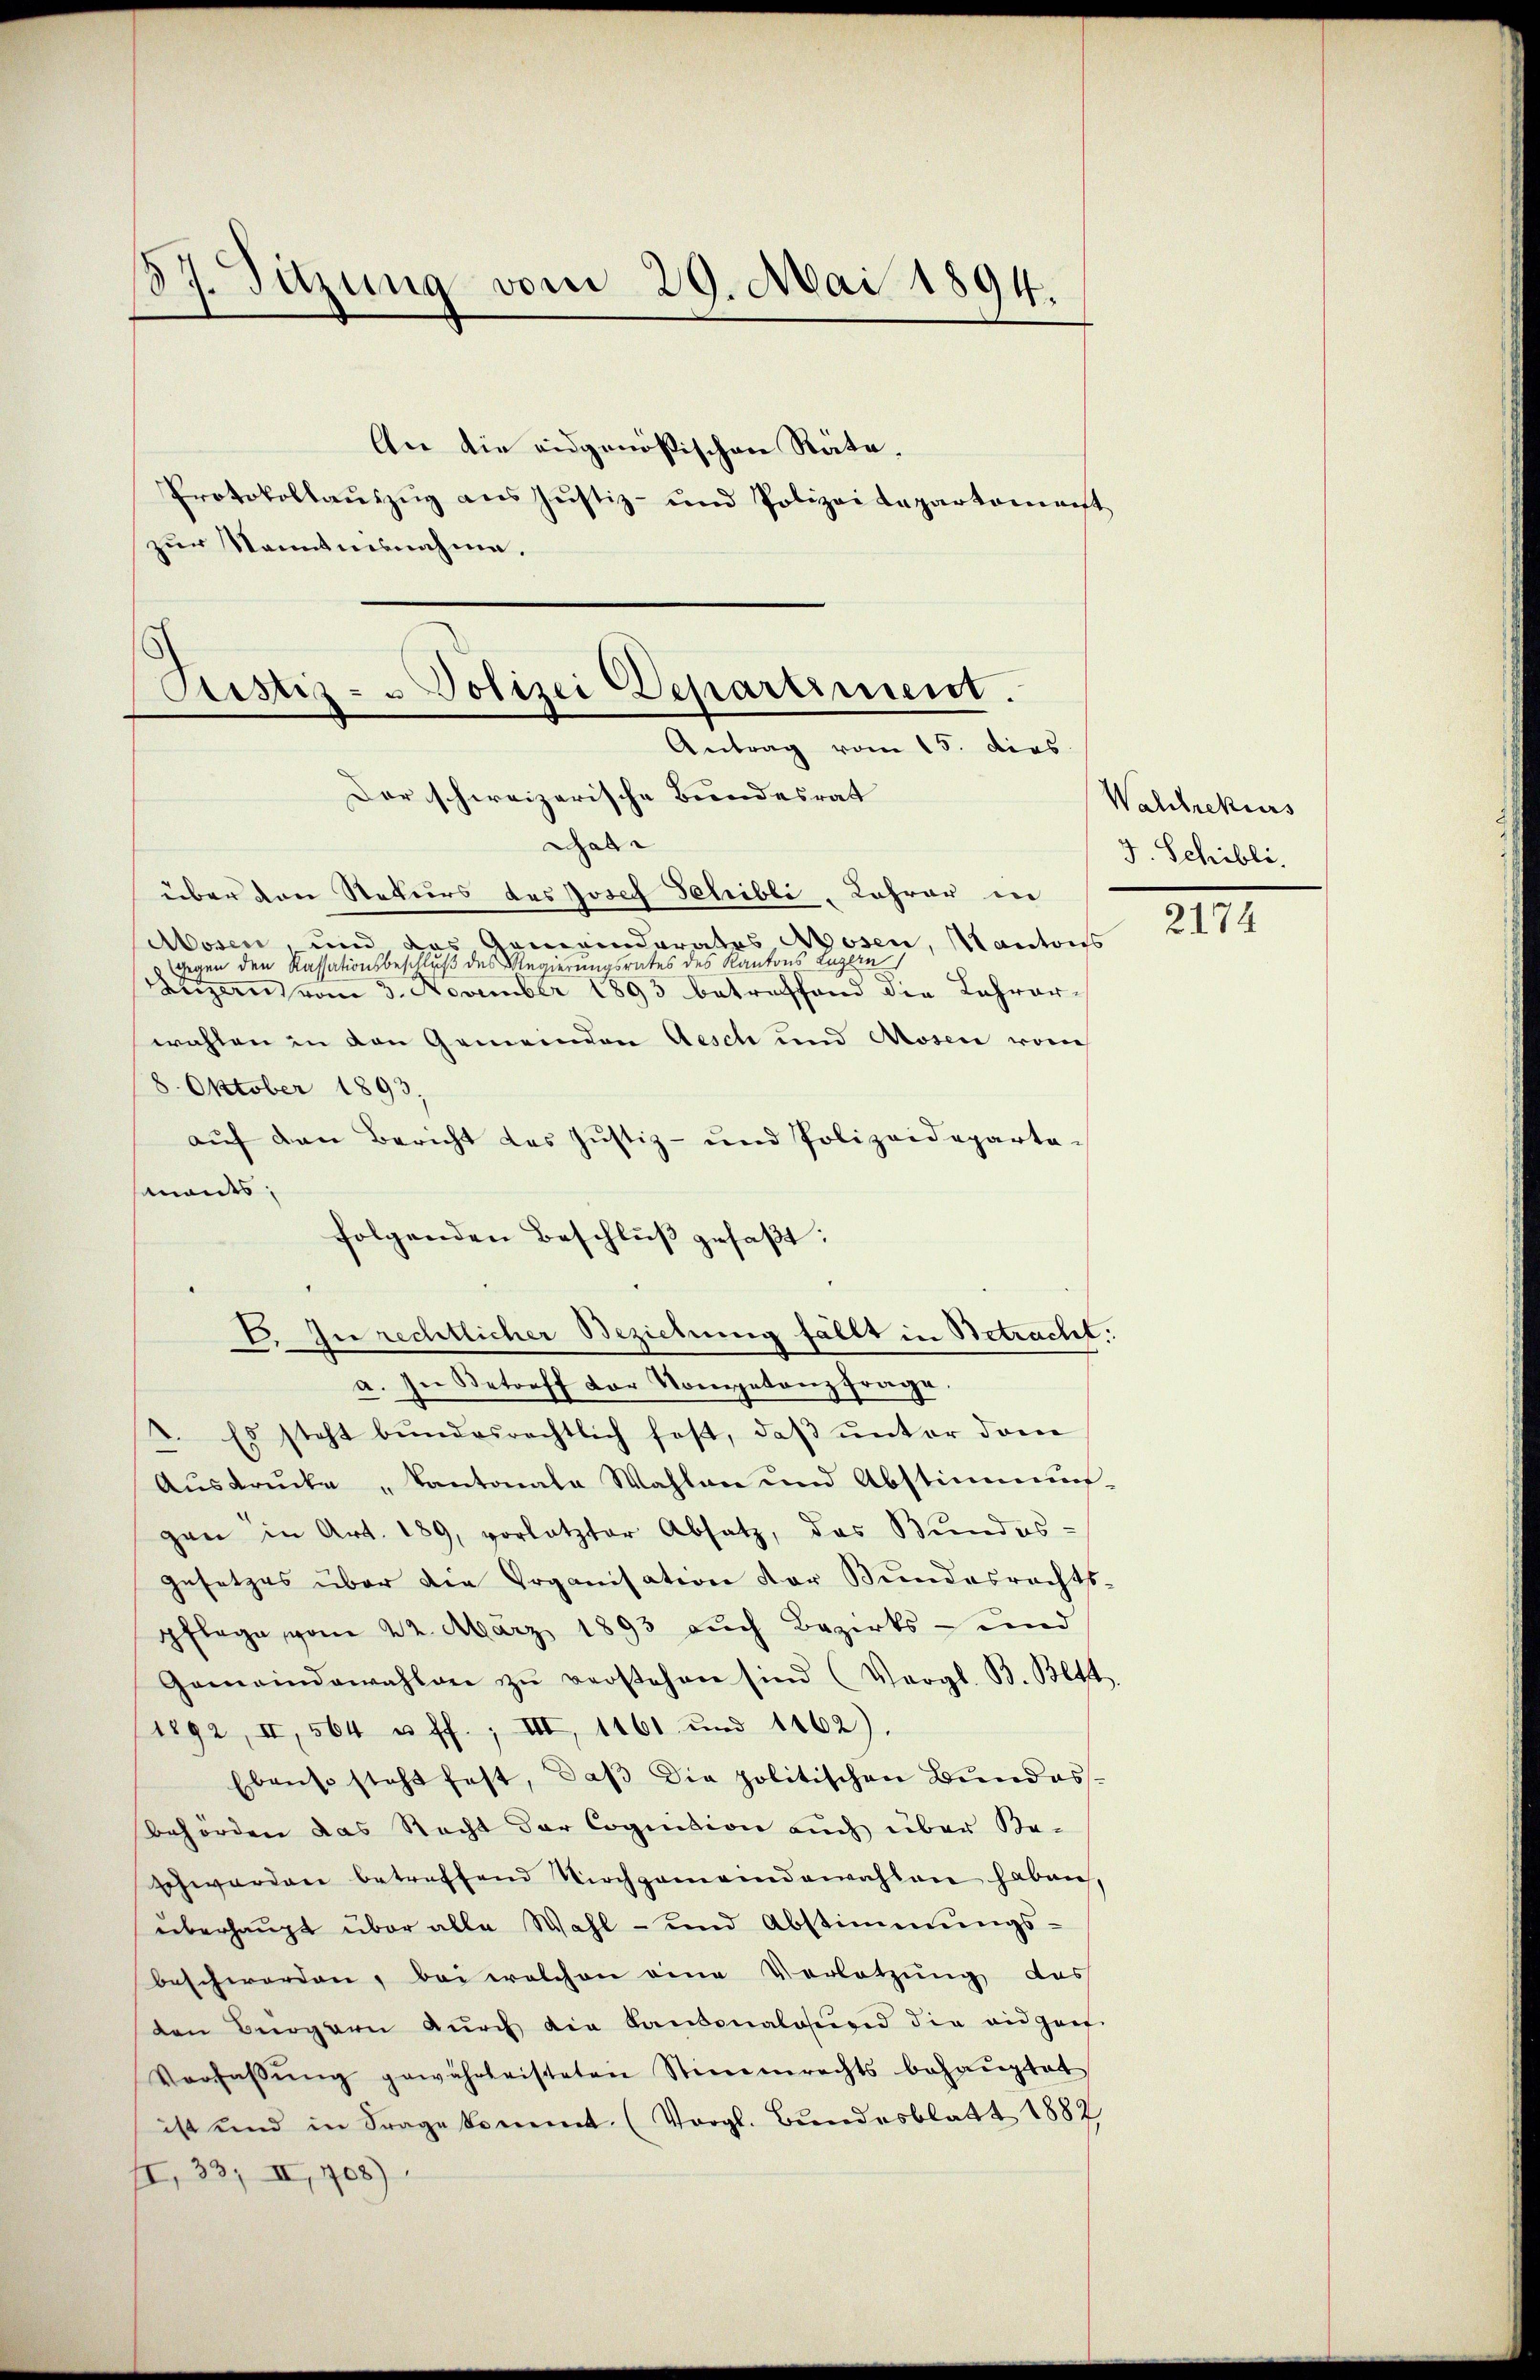
57. Sitzung vom 29. Mai 1894.

An die eidgenössischen Räte,
Protokollauszug aus Justiz- und Polizei Lapartement
zur Kenntnisnahme.

Justiz- & Polizei Departiment.
Antrag vom 15. dies

Der schweizerische Bundesrat
Gabe
über den Rekurs des Josef Schribli-Lehrer in
Mosen, und das Gemeinderates Mosen, Kantons
gegen den Kassationsbeschluß des Recurates des Kantons Luzern
Luzern vom 3. November 1893 betreffend die Lehrer-
wahlen in den Gemeinden Aesch und Mosen vom
8. Oktober 1893,
auf den Bericht das Justiz- und Polizeidepartesamants,
folgenden Beschlŭβ gefaβt:
E. Zu rechtlicher Beziehung fällt in Betracht:
a. In Betreff der Kompetenzfrage
4. Es steht bŭndesrechtlich fest, daβ ŭnter dem
Aŭsdrŭcke „Kantonale Wahlen und Abstimmun-
gen in Art. 189, vorletzter Absatz, das Bundes-
gesetzes über die Organisation der Bundesrechts-
pflege vom 22. März 1893 auch Bezirks- und
Gemeindewahlen zŭ verstehen sind (Vergl. B. Bett.
1892, II, 564 u. ff.; III, 1161 und 1162).
Ebenso steht fest, daβ die politischen Bŭndes-
behörden das Recht der Cognition auch über Be-
schwerden betreffend Kirchgemeindewahlen haben,
überhaŭpt über alle Wahl- und Abstimmungs-
beschworden, bei welchen eine Vorletzung das
den Bürgern dŭrch die Kantonalesund die eidgen.
Vorfaβŭng gewährleisteten Stimmrechts behaŭptat
ist und in Frage kommt. (Vorgl. Bundesblatt 1882
11, 33; II, 708).

Wahlrekurs
J. Schibli

2174